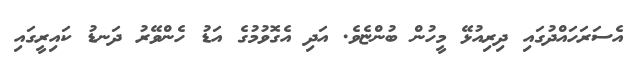
އެސަރަހައްދުގައި ދިރިއުޅޭ މީހުން ބުންޏެވެ. އަދި އެގޮވުމުގެ އަޑު ހެންވޭރު ދަނޑު ކައިރީގައި